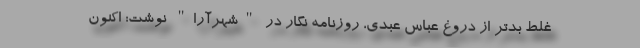
غلط‌ بدتر از دروغ عباس عبدی، روزنامه نگار در "شهرآرا" نوشت: اکنون